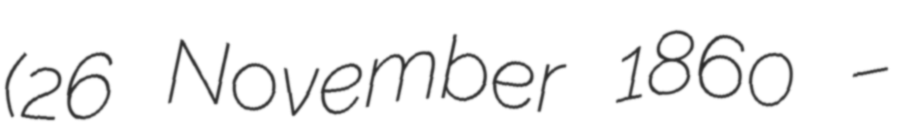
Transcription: (26 November 1860 –